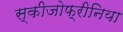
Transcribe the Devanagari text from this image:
स्‍कीजोफ्रीनिया